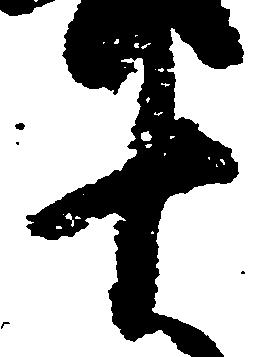
十